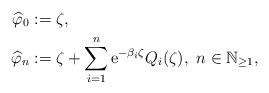
LaTeX: \begin{align*}\widehat\varphi_{0} &:=\zeta, \\\widehat\varphi_{n} &:=\zeta +\sum_{i=1}^{n}\mathrm{e}^{-\beta_{i}\zeta }Q_{i}(\zeta ),\ n\in\mathbb{N}_{\geq 1}, \end{align*}